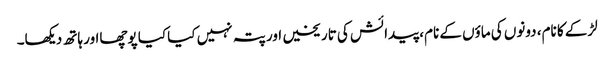
لڑکے کا نام، دونوں کی ماؤں کے نام، پیدائش کی تاریخیں اور پتہ نہیں کیا کیا پوچھااور ہاتھ دیکھا۔